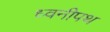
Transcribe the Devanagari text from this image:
ध्वनीपथ